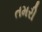
તમરી